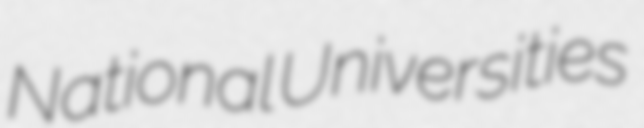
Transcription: National Universities